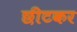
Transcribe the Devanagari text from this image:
छीटकर